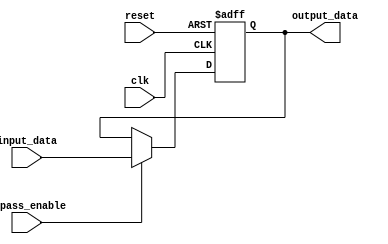
module Cascade_Bypass_Register (
    input wire clk,
    input wire reset,
    input wire bypass_enable,
    input wire [DATA_WIDTH-1:0] input_data,
    output reg [DATA_WIDTH-1:0] output_data
);

parameter DATA_WIDTH = 8;

reg [DATA_WIDTH-1:0] register_data;

always @(posedge clk or posedge reset) begin
    if (reset) begin
        register_data <= 0;
    end else if (bypass_enable) begin
        register_data <= input_data;
    end else begin
        register_data <= register_data;
    end
end

assign output_data = register_data;

endmodule